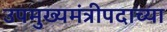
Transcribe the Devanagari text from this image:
उपमुख्यमंत्रीपदाच्या